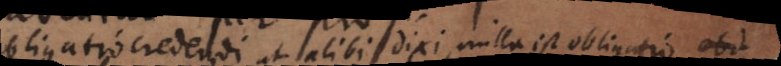
obligatio credendi ut alibi dixi, nulla est obligatio